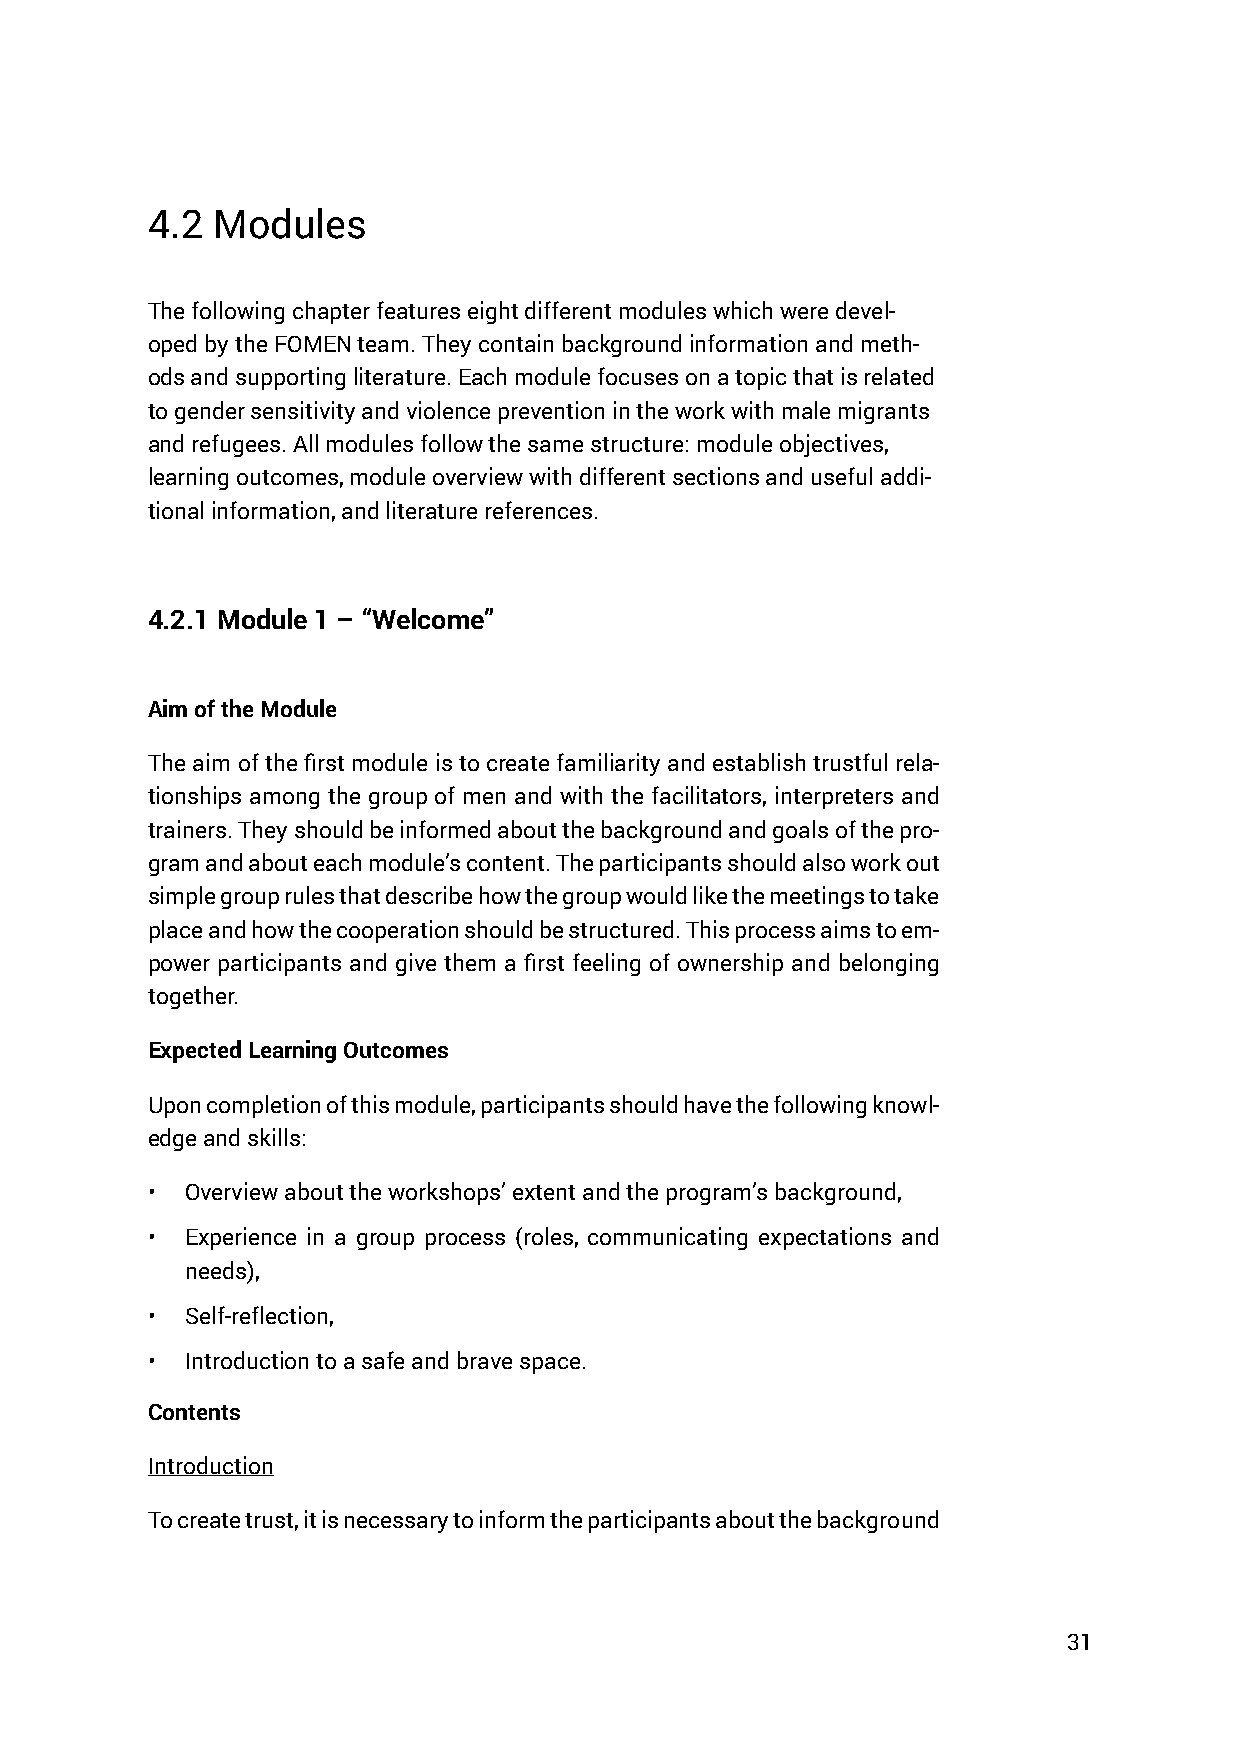
4.2 Modules
 The following chapter features eight different modules which were devel-
 oped by the FOMEN team. They contain background information and meth-
 ods and supporting literature. Each module focuses on a topic that is related
 to gender sensitivity and violence prevention in the work with male migrants
 and refugees. All modules follow the same structure: module objectives,
 learning outcomes, module overview with different sections and useful addi-
 tional information, and literature references.
 4.2.1 Module 1 – “Welcome”
 Aim of the Module
 The aim of the first module is to create familiarity and establish trustful rela-
 tionships among the group of men and with the facilitators, interpreters and
 trainers. They should be informed about the background and goals of the pro-
 gram and about each module’s content. The participants should also work out
 simple group rules that describe how the group would like the meetings to take
 place and how the cooperation should be structured. This process aims to em-
 power participants and give them a first feeling of ownership and belonging
 together.
 Expected Learning Outcomes
 Upon completion of this module, participants should have the following knowl-
 edge and skills:
 • Overview about the workshops’ extent and the program’s background,
 • Experience in a group process (roles, communicating expectations and
 needs),
 • Self-reflection,
 • Introduction to a safe and brave space.
 Contents
 Introduction
 To create trust, it is necessary to inform the participants about the background
 31